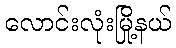
လောင်းလုံးမြို့နယ်